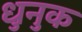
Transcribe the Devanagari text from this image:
धुनुक